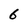
Character: 6